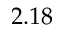
2 . 1 8